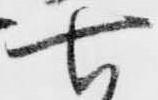
七